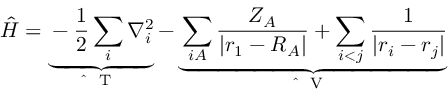
\hat { H } = \underbrace { - \frac { 1 } { 2 } \sum _ { i } \nabla _ { i } ^ { 2 } } _ { \mathrm { ~ \hat { ~ } { ~ T ~ } ~ } } - \underbrace { \sum _ { i A } \frac { Z _ { A } } { | \boldsymbol { r } _ { 1 } - \boldsymbol { R } _ { A } | } + \sum _ { i < j } \frac { 1 } { | \boldsymbol { r } _ { i } - \boldsymbol { r } _ { j } | } } _ { \mathrm { ~ \hat { ~ } { ~ V ~ } ~ } }